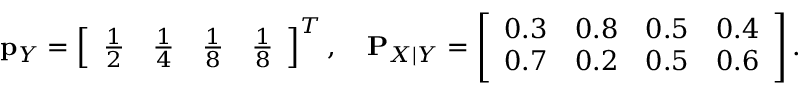
\mathbf { p } _ { Y } = \left[ \begin{array} { l l l l } { \frac { 1 } { 2 } } & { \frac { 1 } { 4 } } & { \frac { 1 } { 8 } } & { \frac { 1 } { 8 } } \end{array} \right] ^ { T } , \ \ \ \mathbf { P } _ { X | Y } = \left[ \begin{array} { l l l l } { 0 . 3 } & { 0 . 8 } & { 0 . 5 } & { 0 . 4 } \\ { 0 . 7 } & { 0 . 2 } & { 0 . 5 } & { 0 . 6 } \end{array} \right] .